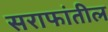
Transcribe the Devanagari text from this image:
सराफांतील